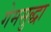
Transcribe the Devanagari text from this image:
गेमसुद्धा